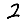
Digit: 2